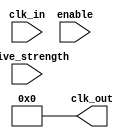
module HighFanoutClockBuffer (
    input wire clk_in,          // Input clock signal
    input wire enable,          // Enable signal for the buffer
    input wire [1:0] drive_strength, // Drive strength control (2'b00: low, 2'b01: medium, 2'b10: high)
    output wire [N-1:0] clk_out // Output clock signals (N outputs)
);
    parameter N = 8; // Number of outputs
    parameter DELAY_LOW = 2; // Delay for low drive strength
    parameter DELAY_MEDIUM = 1; // Delay for medium drive strength
    parameter DELAY_HIGH = 0; // Delay for high drive strength

    // Internal signal for buffered clock
    reg clk_buffered;

    // Input stage: Conditioning the incoming clock signal
    always @(posedge clk_in or negedge enable) begin
        if (!enable) begin
            clk_buffered <= 1'b0; // Reset buffered clock when disabled
        end else begin
            clk_buffered <= clk_in; // Buffer the incoming clock
        end
    end

    // Buffering stage: Amplifying the clock signal based on drive strength
    always @(clk_buffered or drive_strength) begin
        case (drive_strength)
            2'b00: begin
                #DELAY_LOW clk_out <= clk_buffered; // Low drive strength
            end
            2'b01: begin
                #DELAY_MEDIUM clk_out <= clk_buffered; // Medium drive strength
            end
            2'b10: begin
                #DELAY_HIGH clk_out <= clk_buffered; // High drive strength
            end
            default: begin
                clk_out <= clk_buffered; // Default case
            end
        endcase
    end

    // Output stage: Distributing the buffered clock signal to multiple outputs
    genvar i;
    generate
        for (i = 0; i < N; i = i + 1) begin : clk_distribution
            assign clk_out[i] = clk_buffered; // Distribute the buffered clock to each output
        end
    endgenerate

endmodule